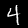
Label: 4